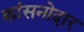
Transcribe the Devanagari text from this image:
क्रांसनोदार